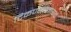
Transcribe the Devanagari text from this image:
टिकण्यालायक